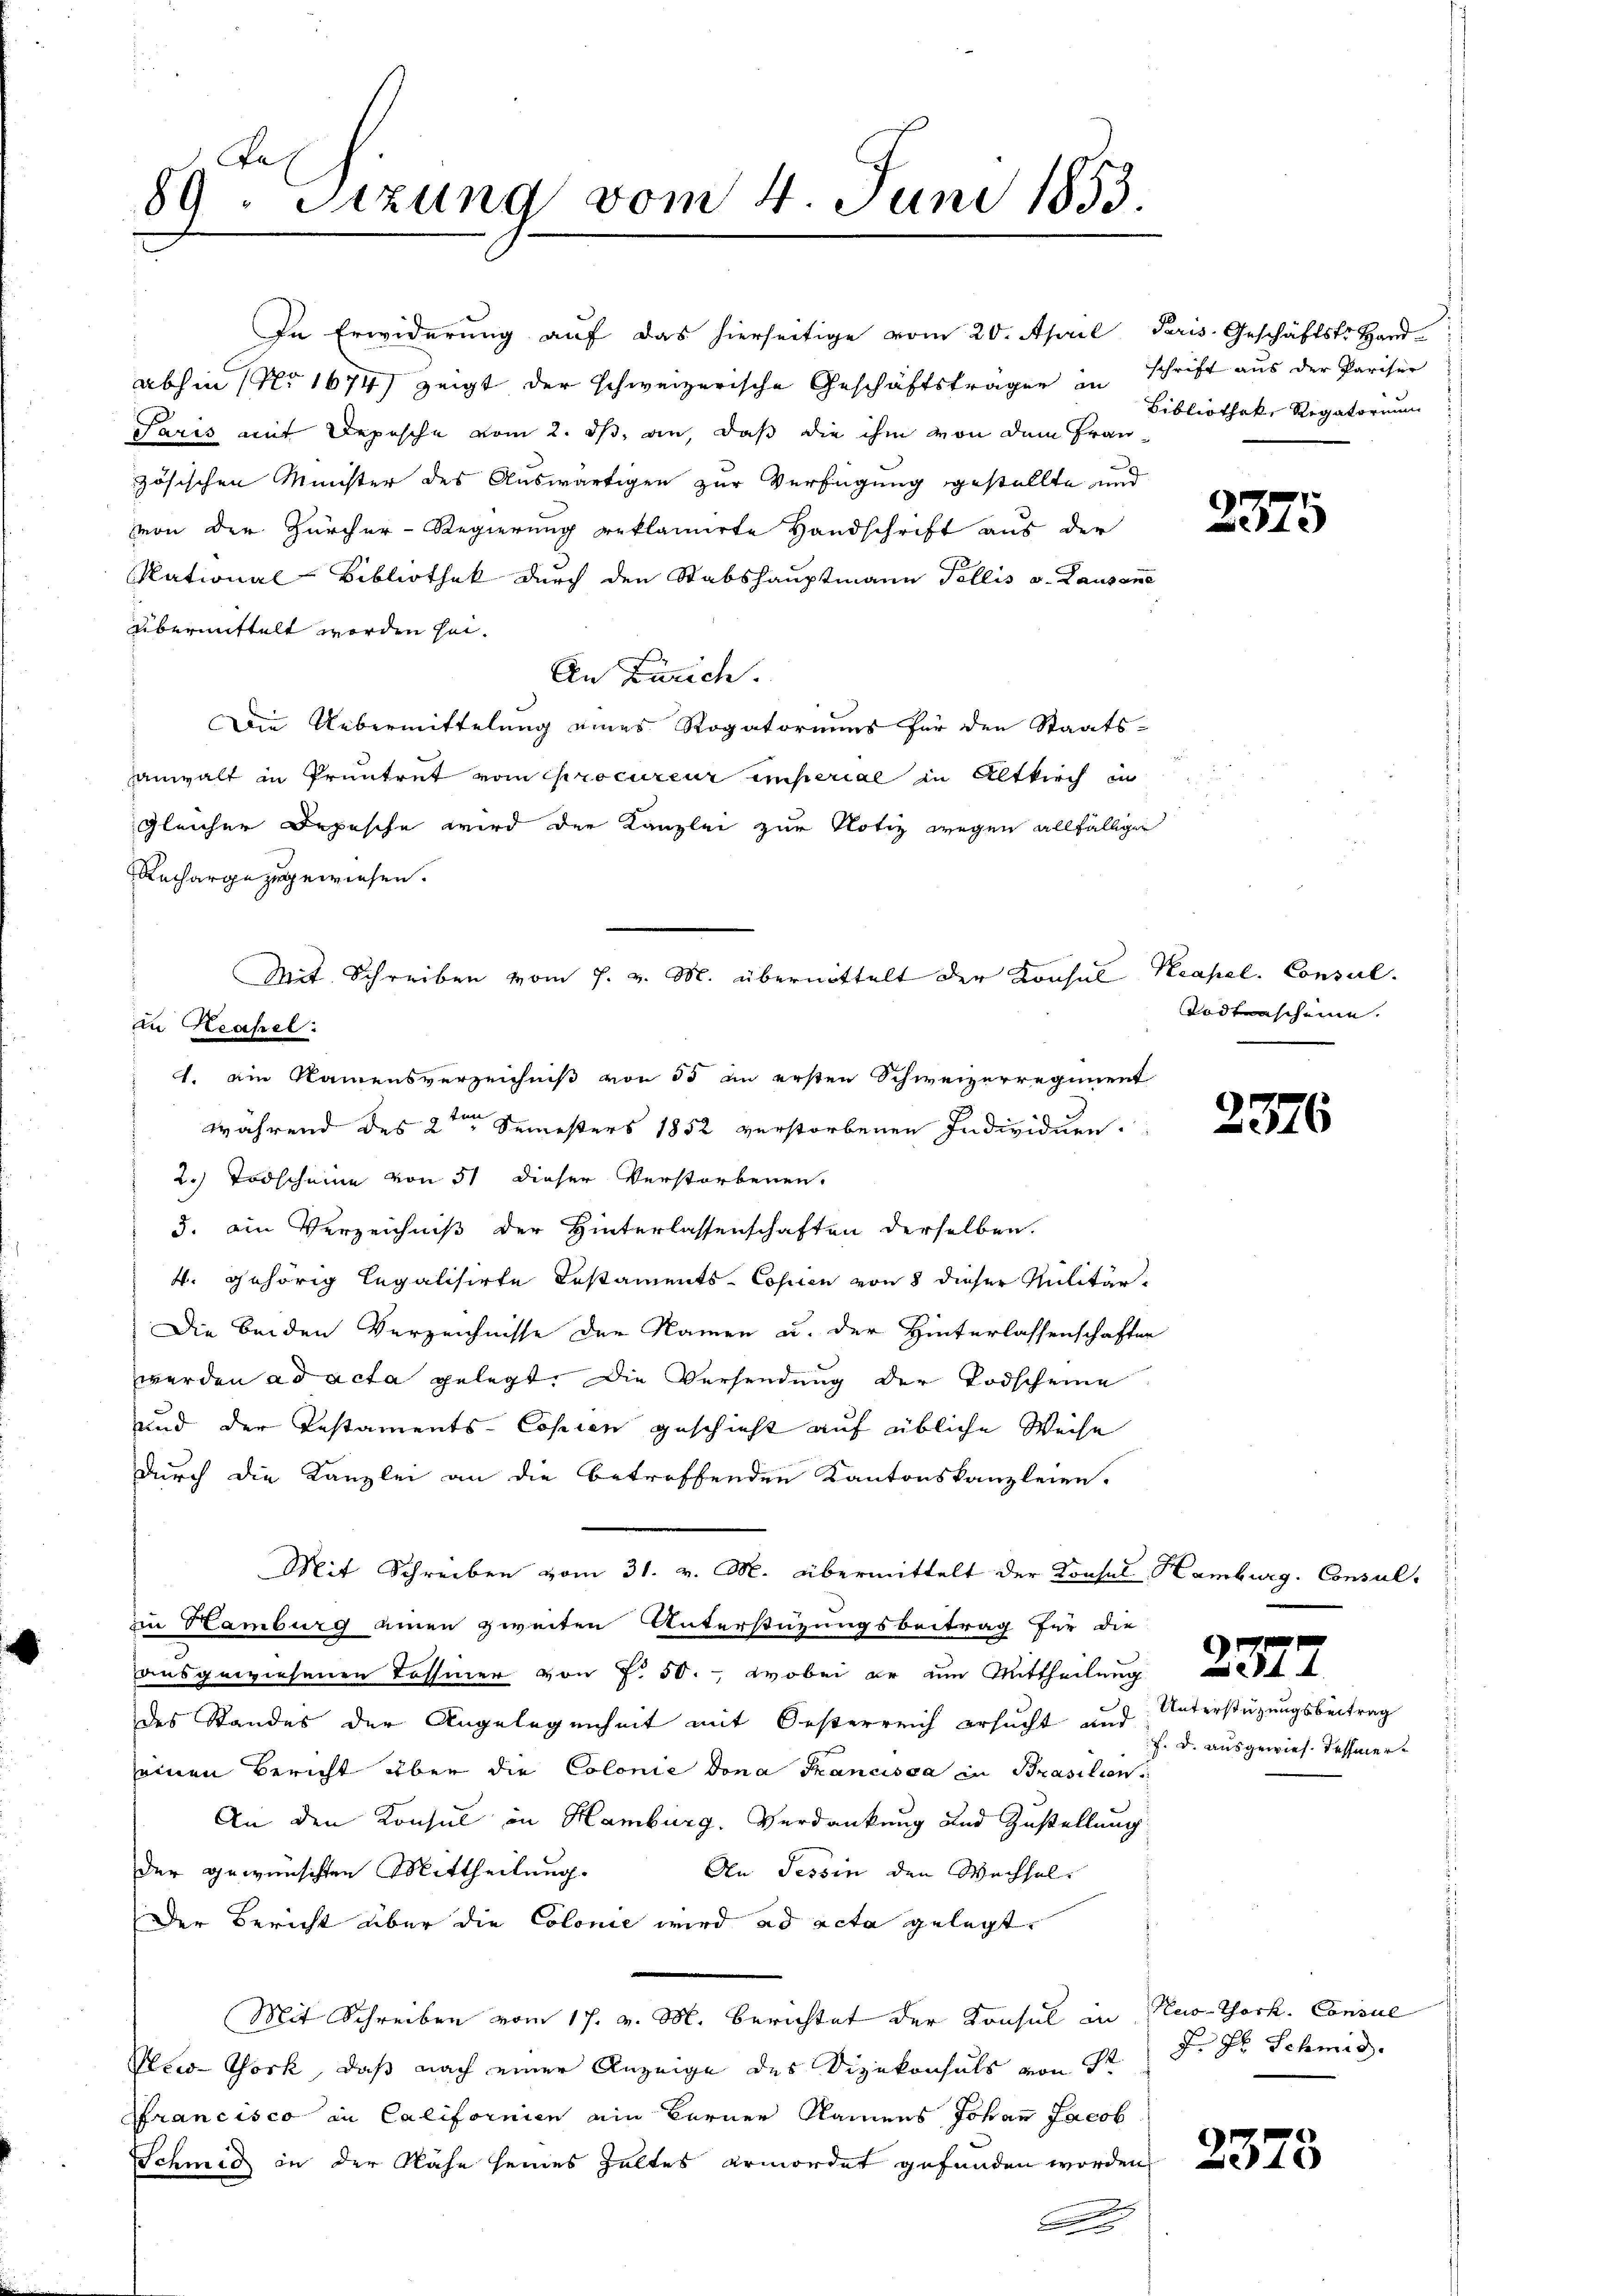
89. Sizung vom 4. Juni 1853.

von der Zürcher-Regierung reklamirte Handschrift aus der
Rational-Bibliothek durch den Stabshauptmann Tollis v. Lausane
übermittelt worden sei.
An Zürich.
Die Uebermittelung eines Rogatoriums für den Staats-
anwalt in Pruntrut vom procureur imperial in Altkirch in
gleicher Depesche wird der Kanzlei zur Notiz wegen allfälliger
Recharge zugewiesen.
1. ein Namensverzeichniß von 55 an ersten Schweizerregiment
während des 2ten Semesters 1852 verstorbenen Individuen.
2.) Todscheine von 51 dieser Verstorbenen.
3. ein Verzeichniß der Hinterlassenschaften derselben.
4. gehörig legalisirte Testaments-Copien von 8 dieser Militär
Die beiden Verzeichnisse der Namen u. der Hinterlassenschafter
werden ad acta gelegt. Die Versendung der Todscheine
und der Testaments-Copien geschieht auf übliche Weise
durch die Kanzlei an die betreffenden Kantonskanzleien.
Mit Schreiben vom 31. v. M. übermittelt der Konsul Hamber
in Hamburg einen zweiten Unterstüzungsbeitrag für die
ausgewiesenen Tessiner von f. 50. Wobei er um Mittheilung
des Standes der Angelegenheit mit Oesterreich ersucht und Unterstützungsbeitrag
seinen Bericht über die Colonie dona Krancisca in Prasilien
An den Konsul in Hamburg. Verdankung und Zustellung
der gewünschten Mittheilung.
An Tessin den Wechsel.
Der Bericht über die Colonie wird ad acta gelegt.
Mit Schreiben vom 17. v. M. berichtet der Konsul in Nestock. Consul
Pew-York, daß nach einer Anzeige des Vizekonsuls von St
Francisco in Californien ein Berner Namens Johann Jacob
Schmid in der Nähe seines Haltes ermordet gefunden worden,
.

Mit Schreiben vom 7. v. M. übernittelt der Konsul Keapel. Consil.
zu Keahel:

In Erwiderung auf das hierseitige vom 20. April Paris. Geschäftstr. Hand-
abhin (Nr 1674) zeigt der schweizerische Geschäftsträger in schrift aus der Pariser
Paris mit Depesche vom 2. ds. an, daß die ihm von dem Frau
zösischen Minister des Auswärtigen zur Verfügung gestellte und

Bibliothek, Regatorium

2375

Todtenscheine.

29.

2377

f. d. ausgewies. Tessier¬

J. H. Schmid.

2375

s

Consul-